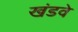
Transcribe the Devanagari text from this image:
खंडवे